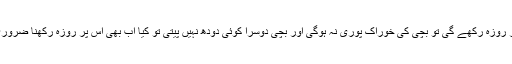
ماں اگر روزہ رکھے گی تو بچی کی خوراک پوری نہ ہوگی اور بچی دوسرا کوئی دودھ نہیں پیتی تو کیا اب بھی اس پر روزہ رکھنا ضروری ہے؟